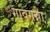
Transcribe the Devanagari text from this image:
गावगन्ना